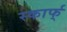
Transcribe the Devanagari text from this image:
स्कार्फ्